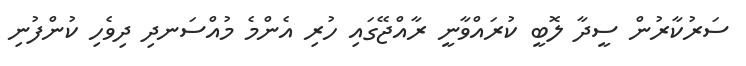
ސަރުކާރުން ސީދާ ލޮބީ ކުރައްވާނީ ރާއްޖޭގައި ހުރި އެންމެ މުއްސަނދި ދިވެހި ކުންފުނި